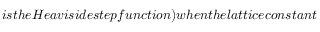
i s t h e H e a v i s i d e s t e p f u n c t i o n ) w h e n t h e l a t t i c e c o n s t a n t